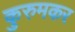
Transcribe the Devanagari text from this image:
कुरुमकर